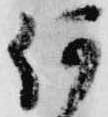
何